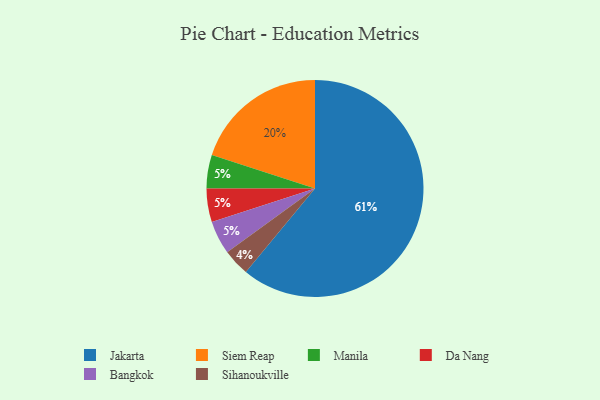
{"axis": {"x": "Category", "y": "Percentage"}, "legend": ["Bangkok", "Da Nang", "Jakarta", "Manila", "Siem Reap", "Sihanoukville"], "data": [{"x": "Manila", "y": 5, "type": "Manila"}, {"x": "Siem Reap", "y": 20, "type": "Siem Reap"}, {"x": "Da Nang", "y": 5, "type": "Da Nang"}, {"x": "Bangkok", "y": 5, "type": "Bangkok"}, {"x": "Jakarta", "y": 61, "type": "Jakarta"}, {"x": "Sihanoukville", "y": 4, "type": "Sihanoukville"}]}